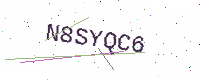
Text: N8SYQC6